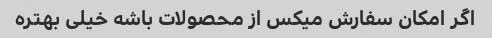
اگر امکان سفارش میکس از محصولات باشه خیلی بهتره